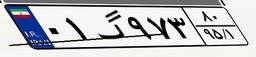
۰۱گ۹۷۳۸۰